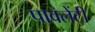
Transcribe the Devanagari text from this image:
पावलेंटी